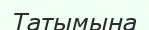
Татымына